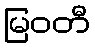
မြဝတီ